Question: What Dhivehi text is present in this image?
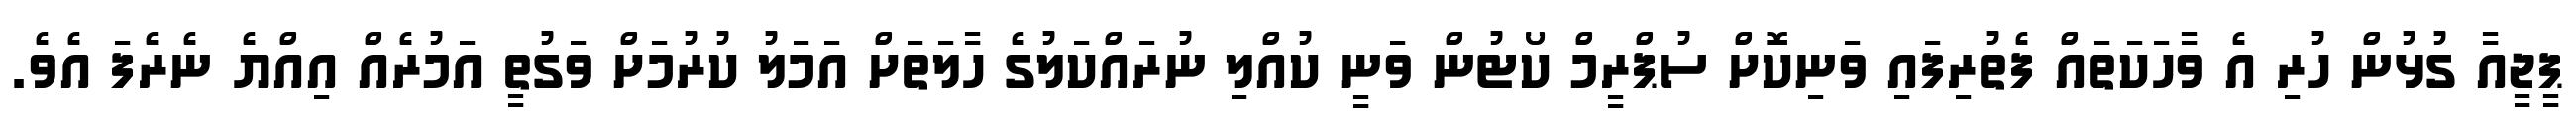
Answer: ޕީޖީއާ ގުޅުން ހުރި އެ ވާހަކަތައް ފެތުރިފައި ވަނިކޮށް ސުޕްރީމް ކޯޓުން ވަނީ ކުއްލި ނުރައްކަލުގެ ހާލަތަށް އަމަލު ކުރުމަށް ވަގުތީ އަމުރެއް އިއްޔެ ނެރެފަ އެވެ.